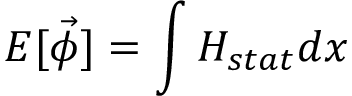
{ \cal E } [ \vec { \phi } ] = \int { \cal H } _ { s t a t } d x